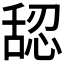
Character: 𰰅